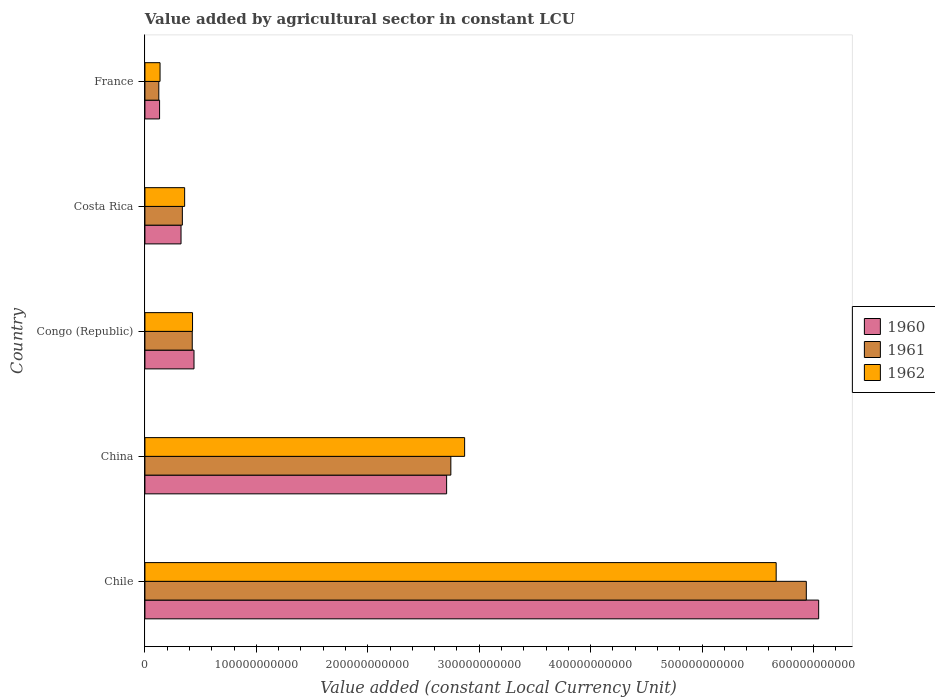
| Country | 1960 | 1961 | 1962 |
 | --- | --- | --- | --- |
 | Chile | 6.05e+11 | 5.94e+11 | 5.67e+11 |
 | China | 2.71e+11 | 2.75e+11 | 2.87e+11 |
 | Congo (Republic) | 4.41e+10 | 4.25e+10 | 4.27e+10 |
 | Costa Rica | 3.24e+10 | 3.36e+10 | 3.57e+10 |
 | France | 1.32e+10 | 1.25e+10 | 1.36e+10 |